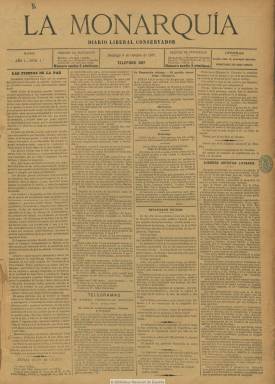
Título: La Monarquía (Madrid. 1887)
Colección: Periódicos
Ámbito geográfico: Madrid
Lugar de publicación: Madrid
Fechas: 09/10/1887-14/08/1890

Subtitulado “diario liberal conservador”, es afín al canovismo como periódico de la oposición al partido sagastino (liberal o fusionista), que en el momento de su aparición, el nueve de octubre de 1887, lleva ya dos años gobernando. Se ha señalado que es continuación de La unión, uno de los periódicos inspirados por Alejandro Pidal y Mon (1846-1913), quien, a través del partido Unión Católica, insertó a parte del neocatolicismo integrista y carlista en el sistema de turnos de partidos de la Restauración al integrarse en el Partido Conservador. La unión, que había empezado a publicarse en 1882, siendo su propietario efectivo Manuel María de Santa Ana (1820-1894), dejará de hacerlo el ocho de octubre de 1887, aunque en junio había sido continuada en parte por La unión católica (1887-1898).

La monarquía comienza cada número, de cuatro páginas, con un editorial y resulta significativo que el primero no lo dedique a expresar su ideario político y los motivos de su aparición, cosa que si hará en el último que publique, tras cuatro años de existencia, el 14 de agosto de 1890, cuando Cánovas acaba de  recuperar de nuevo la presidencia del Consejo de Ministros, y señale que su fin había sido ser un periódico de “combate” contra el fusionismo y demás partidos a la izquierda de este.

Su director es Francisco Javier Betegón y Aparici (1860-1919), un periodista que había estado dirigiendo el último año La unión, y que después dirigirá también el canovista La libertad (1890), como diario continuador de La monarquía. Entre sus escasas firmas en este diario aparece la de Martín Lorenzo Coria.

Además del editorial, este periódico que también adoptará el subtítulo de “diario político de la noche”, publicará artículos, comentarios y noticias de este carácter tanto nacionales como extranjeras, además de otras de asuntos materiales, como comercio, agricultura o industria, así como sucesos, contando con secciones de bolsa, teatros, espectáculos, culto católico, y el folletín y los anuncios comerciales en las últimas planas. Dice contar con corresponsales en las principales ciudades españolas y algunos en el extranjero, y ofrece un servicio telegráfico de noticias y de la agencia Fabra. Le presta también atención con noticias breves a los asuntos de la nobleza y a la vida social de los salones. Carece de ilustraciones